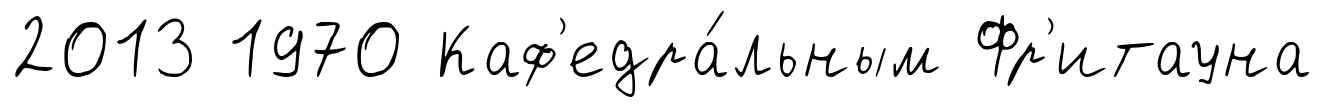
2013 1970 Каф'едра́льным Фр'итауна